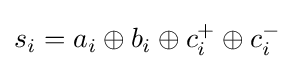
s_{i}=a_{i}\oplus b_{i}\oplus c_{i}^{+}\oplus c_{i}^{-}